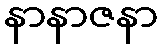
နာနာဇနာ